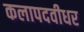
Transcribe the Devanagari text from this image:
कलापदवीधर